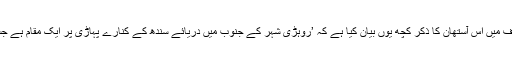
مرزا قلیچ بیگ نے ‘قدیم سندھ، اس کے مشہور شہر اور لوگ‘ نامی اپنی تصنیف میں اس آستھان کا ذکر کچھ یوں بیان کیا ہے کہ ’روہڑی شہر کے جنوب میں دریائے سندھ کے کنارے پہاڑی پر ایک مقام ہے جسے ستین جو تھان کہا جاتا ہے جس میں ایک قبر قاسم سبزواری کی بھی ہے۔